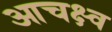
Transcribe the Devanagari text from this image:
आचक्ष्व